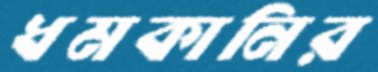
ধমকানির